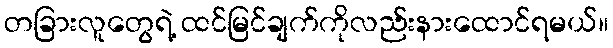
တခြားလူတွေရဲ့ ထင်မြင်ချက်ကိုလည်းနားထောင်ရမယ်။